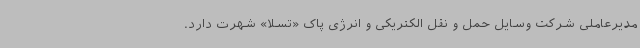
مدیرعاملی شرکت وسایل حمل و نقل الکتریکی و انرژی پاک «تسلا» شهرت دارد.